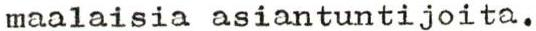
maalaisia asiantuntijoita.